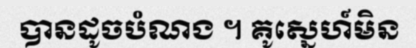
បានដូចបំណង ។ គូស្នេហ៍មិន